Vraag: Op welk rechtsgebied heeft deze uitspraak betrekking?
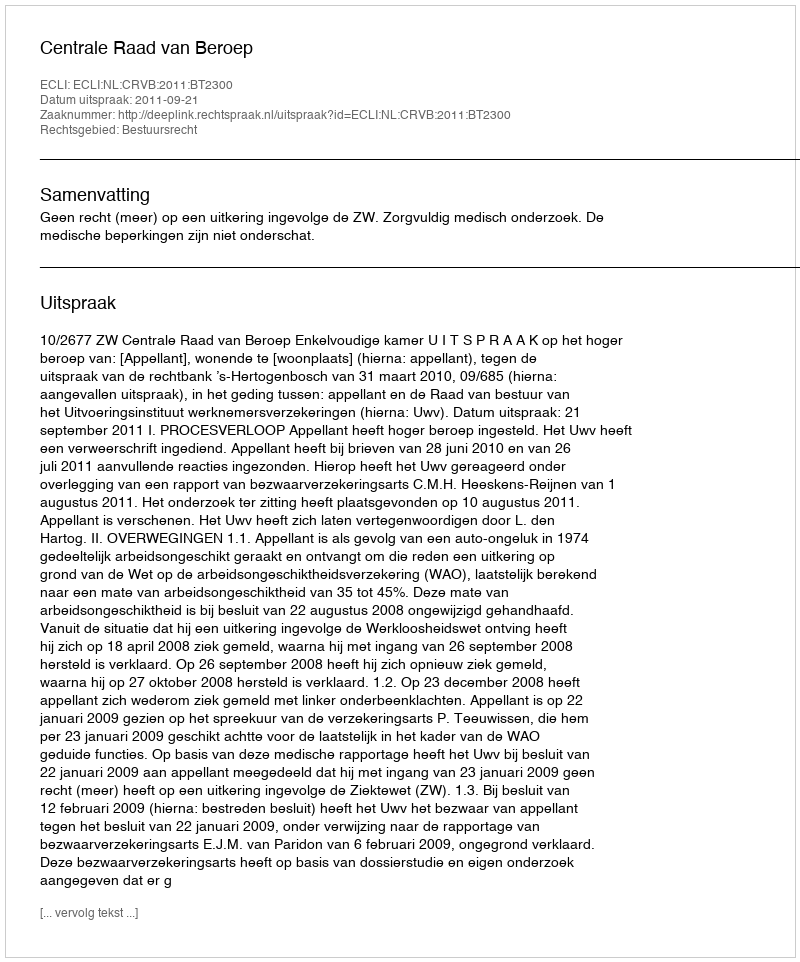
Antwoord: Bestuursrecht